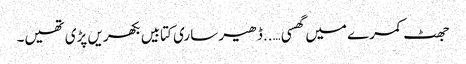
جھٹ کمرے میں گھسی …..ڈھیر ساری کتابیں بکھریں پڑی تھیں۔